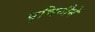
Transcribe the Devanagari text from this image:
पुचिनीने